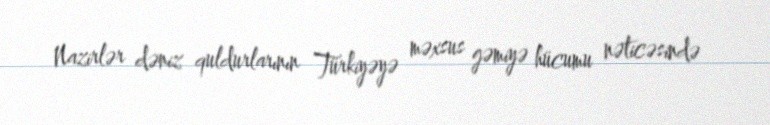
Nazirlər dəniz quldurlarının Türkiyəyə məxsus gəmiyə hücumu nəticəsində